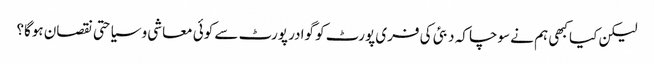
لیکن کیا کبھی ہم نے سوچا کہ دبئی کی فری پورٹ کو گوادر پورٹ سے کوئی معاشی و سیاحتی نقصان ہوگا؟